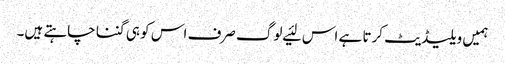
ہمیں ویلیڈیٹ کرتا ہے اس لئیے لوگ صرف اس کو ہی گننا چاہتے ہیں۔